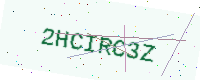
Text: 2HCIRC3Z